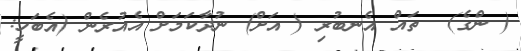
( ންގެ)  ތައް އެނބުރި ( އަށް) ނުދާކަމަށް އެއުރެން (އެބަހީ: